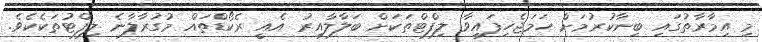
މި އިމާރާތުގައި ބިނާކުރުމަށް ހަމަޖެހިފައިވާ ލިފްޓްތަކަށް ބަލާލާއިރު އެއީ ރެކޯޑްތައް މުގުރާލާނެ ލިފްޓުތަކެކެވެ.